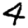
Digit: 4